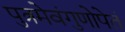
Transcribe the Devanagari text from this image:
पुत्रमेवंगुणोपेतं